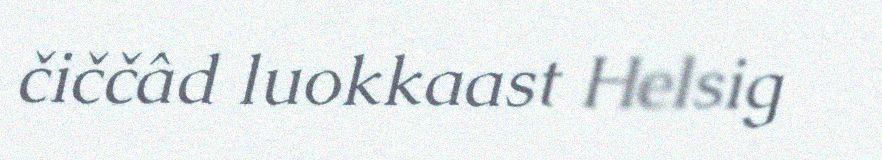
čiččâd luokkaast Helsig